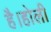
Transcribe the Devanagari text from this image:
है।होली